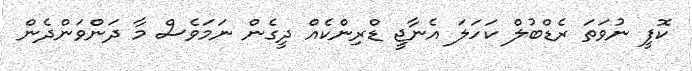
ކޮފީ ނުވަތަ ރެޑްބުލް ކަހަލަ އެނާޖީ ޑްރިންކެއް ދީގެން ނަމަވެސް މާ ދަންވަންދެން